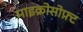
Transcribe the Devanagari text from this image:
माइक्रोसोफ़्ट